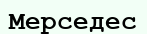
Мерседес